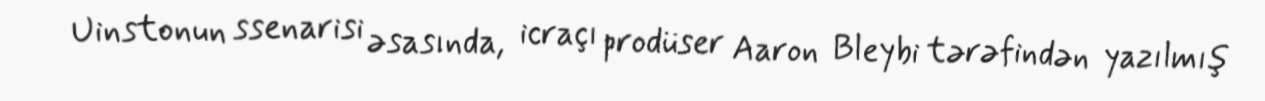
Uinstonun ssenarisi əsasında, icraçı prodüser Aaron Bleybi tərəfindən yazılmış